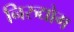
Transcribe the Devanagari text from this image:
निरुद्योग